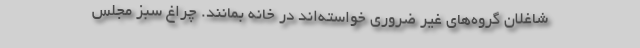
شاغلان گروه‌های غیر ضروری خواسته‌اند در خانه بمانند. چراغ سبز مجلس